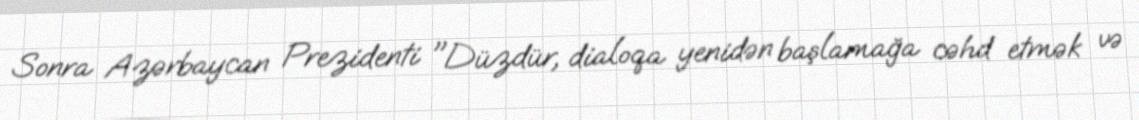
Sonra Azərbaycan Prezidenti "Düzdür, dialoqa yenidən başlamağa cəhd etmək və